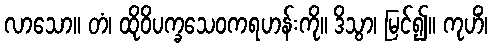
လာသော။ တံ၊ ထိုဝိပက္ခသေဝကရဟန်းကို။ ဒိသွာ၊ မြင်၍။ ကုဟိံ၊